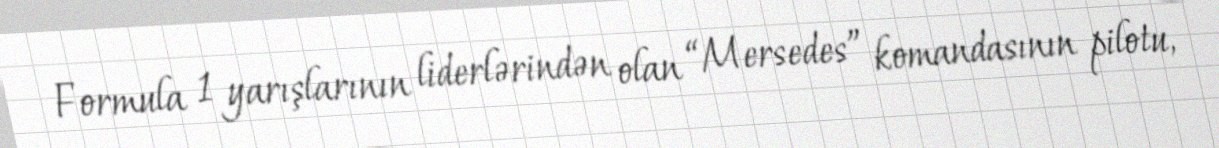
Formula 1 yarışlarının liderlərindən olan “Mersedes” komandasının pilotu,